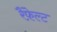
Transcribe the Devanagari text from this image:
रैंफ़ेल्ट